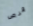
قرص